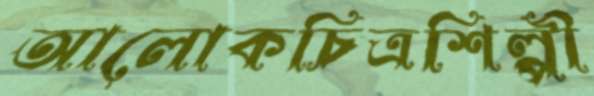
আলোকচিত্রশিল্পী